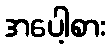
အပေါ့စား